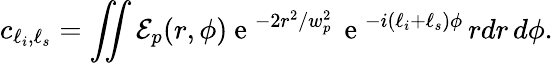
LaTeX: c_{\ell_{i},\ell_{s}}=\iint\mathcal{E}_{p}(r,\phi)\mathrm{~e~}^{-2r^{2}/w_{p}^{2}}\, \mathrm{~e~}^{-i(\ell_{i}+\ell_{s})\phi}\, rdr\, d\phi.